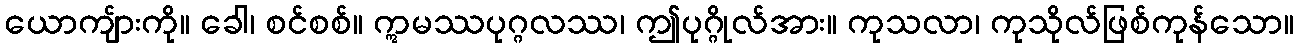
ယောကျ်ားကို။ ခေါ၊ စင်စစ်။ ဣမဿပုဂ္ဂလဿ၊ ဤပုဂ္ဂိုလ်အား။ ကုသလာ၊ ကုသိုလ်ဖြစ်ကုန်သော။